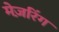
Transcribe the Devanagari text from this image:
मेज़रिंग